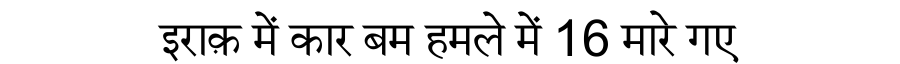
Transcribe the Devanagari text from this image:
इराक़ में कार बम हमले में 16 मारे गए